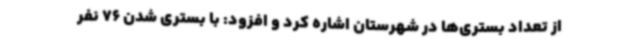
از تعداد بستری‌ها در شهرستان اشاره کرد و افزود: با بستری شدن 76 نفر